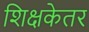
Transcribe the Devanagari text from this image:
शिक्षकेतर